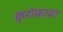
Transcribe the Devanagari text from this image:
कुरोकावा